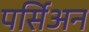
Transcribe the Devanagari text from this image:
पर्सिअन